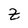
Character: Z